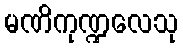
မဏိကုဏ္ဍလေသု